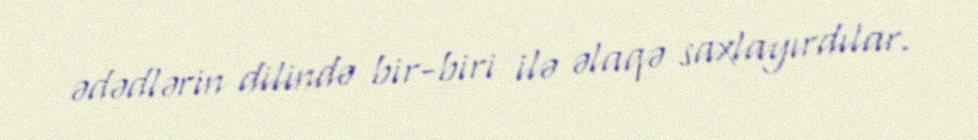
ədədlərin dilində bir-biri ilə əlaqə saxlayırdılar.